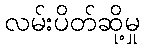
လမ်းပိတ်ဆို့မှု